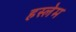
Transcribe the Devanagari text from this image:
हस्लेम